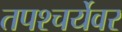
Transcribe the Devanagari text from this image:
तपश्चर्येवर